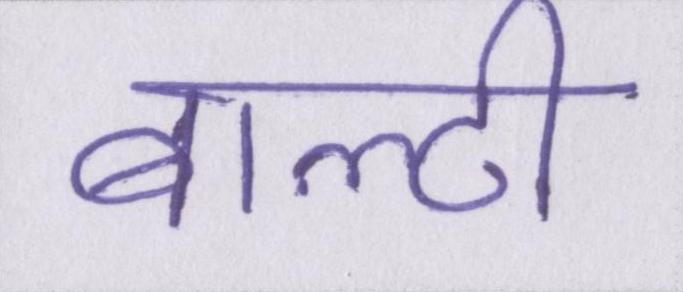
बाल्टी